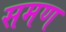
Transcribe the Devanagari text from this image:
समण